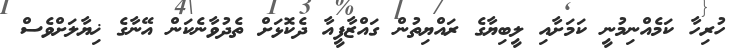
ހުރިހާ ކަމެއްނިމުނީ ކަމަށާއި ލީބިޔާގެ ރައްޔިތުން ގައްޒާފީއާ ދެކޮޅަށް ތެދުވާނެކަން އޭނާގެ ޚިޔާލަށްވެސް